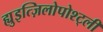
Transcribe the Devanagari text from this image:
ह्युइत्ज़िलोपोश्ट्ली